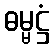
ဓမ္မဋ္ဌံ